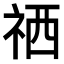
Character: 𥙘